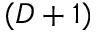
( D + 1 )